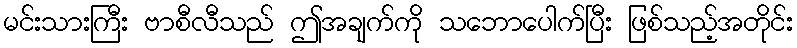
မင်းသားကြီး ဗာစီလီသည် ဤအချက်ကို သဘောပေါက်ပြီး ဖြစ်သည့်အတိုင်း